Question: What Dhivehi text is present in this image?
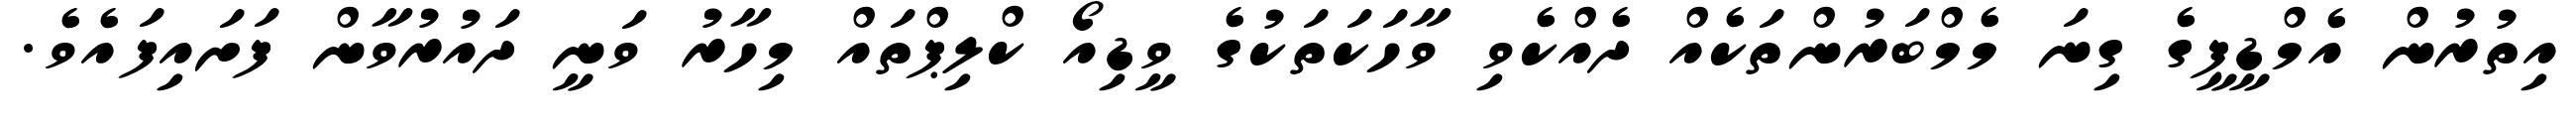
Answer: އިތުރުން އެމްޑީޕީގެ ގިނަ މެމްބަރުންތަކެއް ދެއްކެވި ވާހަކަތަކުގެ ވީޑިއޯ ކްލިޕްތައް މިހާރު ވަނީ ދައުރުވާން ފަށައިފައެވެ.